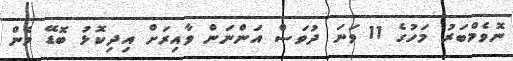
ނޮވެމްބަރު މަހުގެ 11 ވަނަ ދުވަސް އަންނަން ވާއިރަށް އިދިކޮޅު ބޮޑޭ މެން